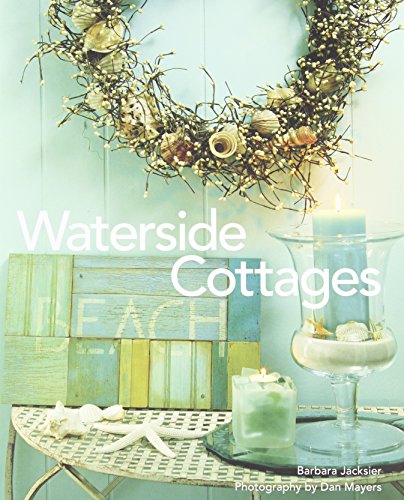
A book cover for Waterside Cottages; Barbara Jacksier; Arts & Photography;